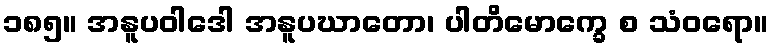
၁၈၅။ အနူပဝါဒေါ အနူပဃာတော၊ ပါတိမောက္ခေ စ သံဝရော။